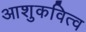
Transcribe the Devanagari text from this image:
आशुकवित्व